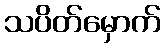
သပိတ်မှောက်